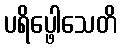
ပရိပ္ဖေါသေတိ